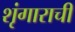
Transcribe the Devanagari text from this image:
शृंगाराची